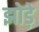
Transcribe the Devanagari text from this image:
झोड़े